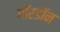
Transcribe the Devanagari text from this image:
गॉरडॉन